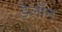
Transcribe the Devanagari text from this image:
डेलॉन